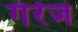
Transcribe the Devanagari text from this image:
गॅरेज